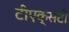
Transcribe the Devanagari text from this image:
टीएक्सटी